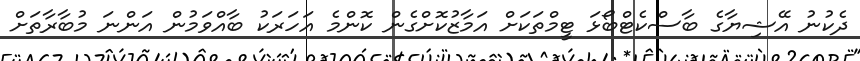
ދެކުނު އޭޝިޔާގެ ބާސްކެޓްބޯޅަ ޓީމްތަކަށް އަމާޒުކޮށްގެން ކޮންމެ އަހަރަކު ބާއްވަމުން އަންނަ މުބާރާތަށް